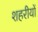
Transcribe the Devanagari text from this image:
शहरीयों